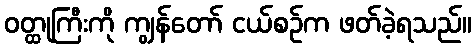
ဝတ္ထုကြီးကို ကျွန်တော် ငယ်စဉ်က ဖတ်ခဲ့ရသည်။